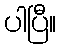
ပါပြီ။